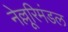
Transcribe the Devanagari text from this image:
नेल्लूरिमंडल